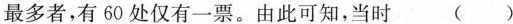
最多者，有60处仅有一票。由此可知，当时 ()